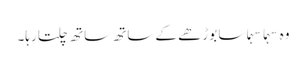
وہ سہما سہما سا بوڑھے کے ساتھ ساتھ چلتا رہا۔